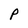
Character: P